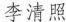
李清照